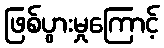
ဖြစ်ပွားမှုကြောင့်